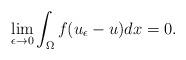
LaTeX: \begin{align*}\lim_{\epsilon \rightarrow 0} \int_{\Omega} f ( u_{\epsilon} - u ) dx = 0.\end{align*}